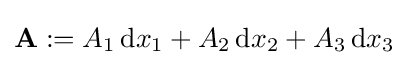
\mathbf {A} :=A_{1}\,{\rm {d}}x_{1}+A_{2}\,{\rm {d}}x_{2}+A_{3}\,{\rm {d}}x_{3}